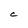
Character: C